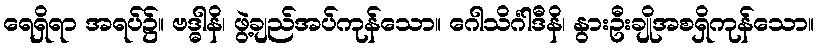
ရေရှိရာ အရပ်၌။ ဗဒ္ဓါနိ၊ ဖွဲ့ချည်အပ်ကုန်သော။ ဂေါသိင်္ဂါဒီနိ၊ နွားဦးချိုအစရှိကုန်သော။